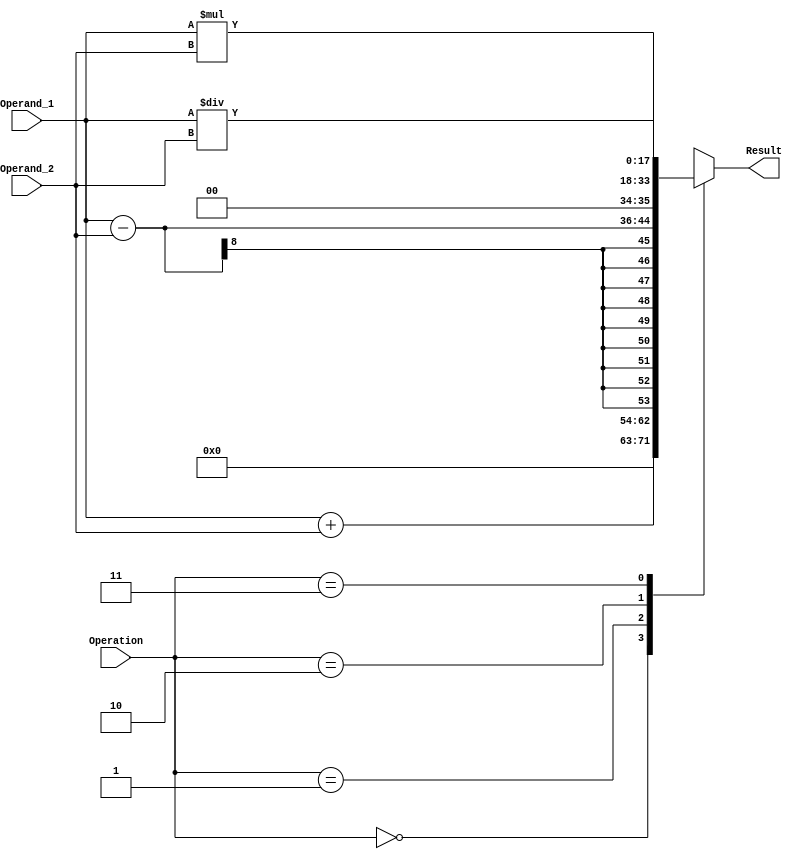
module Arithmetic_Logic_Unit #(parameter DATA_WIDTH = 18) 
(
    input [1 : 0] Operation,
    input [7 : 0] Operand_1,
    input [7 : 0] Operand_2,

    output reg [DATA_WIDTH - 1 : 0] Result
);
    always @(*)
        begin
        case (Operation)
            2'b00 : Result = Operand_1 + Operand_2;
            2'b01 : Result = Operand_1 - Operand_2;
            2'b10 : Result = Operand_1 * Operand_2;
            2'b11 : Result = Operand_1 / Operand_2;
        endcase
    end
endmodule